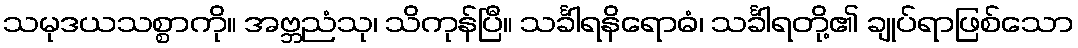
သမုဒယသစ္စာကို။ အဗ္ဘညံသု၊ သိကုန်ပြီ။ သင်္ခါရနိရောဓံ၊ သင်္ခါရတို့၏ ချုပ်ရာဖြစ်သော